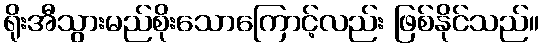
ရိုးအီသွားမည်စိုးသောကြောင့်လည်း ဖြစ်နိုင်သည်။